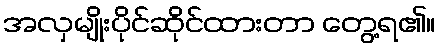
အလှမျိုးပိုင်ဆိုင်ထားတာ တွေ့ရ၏။